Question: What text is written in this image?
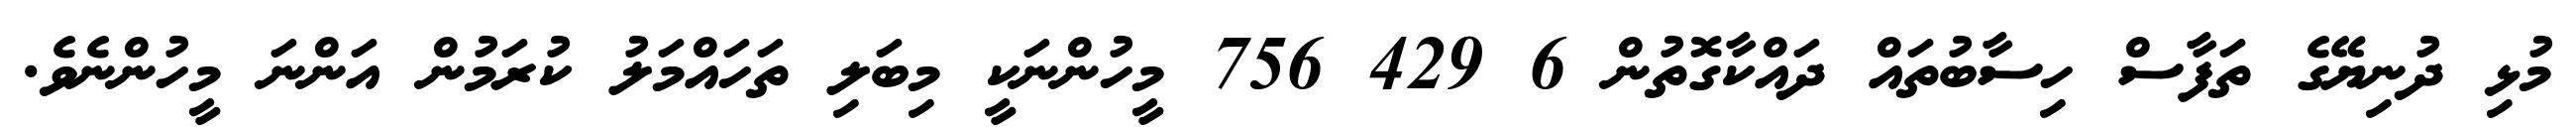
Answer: މުޅި ދުނިޔޭގެ ތަފާސް ހިސާބުތައް ދައްކާގޮތުން 6 429 756 މީހުންނަކީ މިބަލި ތަހައްމަލު ކުރަމުން އަންނަ މީހުންނެވެ.